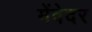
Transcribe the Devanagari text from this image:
मेंवेदर